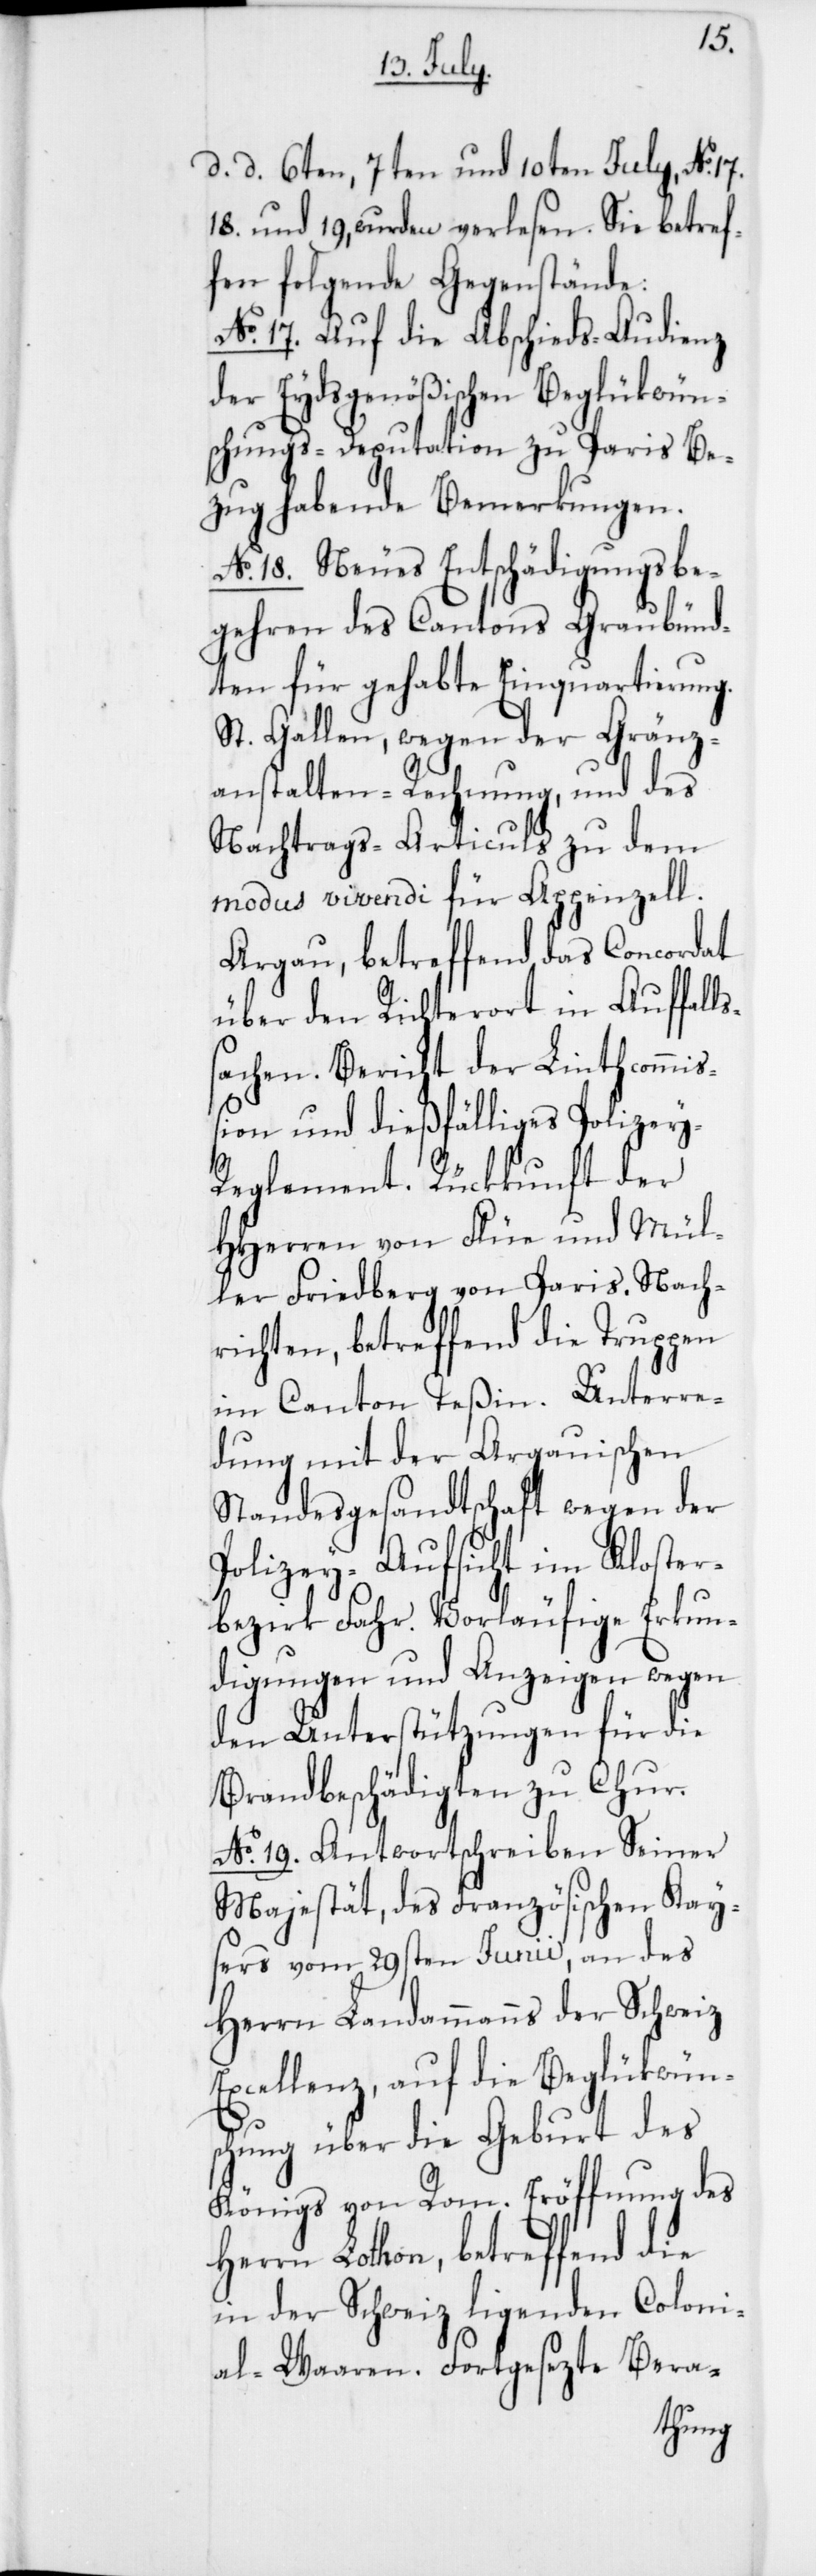
d. d. 6ten, 7ten und 10ten July, No.
18 und 19, wurden verlesen. Sie betref¬
fen folgende Gegenstände:
No. 17. Auf die Abschieds-Audienz
der Eydsgenößischen Beglükwün¬
schungs-Deputation zu Paris Be¬
zug habende Bemerkungen.
No. 18. Neues Entschädigungsbe¬
gehren des Cantons Graubünd¬
ten für gehabte Einquartierung.
St. Gallen, wegen der Gränz¬
anstalten-Rechnung und des
Nachtrags-Articuls zu dem
modus vivendi für Appenzell.
Aargau, betreffend das Concordat
über den Richter-Ort in Auffall¬
sachen. Bericht der Linthcommiß¬
ion und dießfälliges Polize¬
y-Reglement. Rückkunft der
HHerren von Flüe und Mül¬
ler Friedberg von Paris. Nach¬
richten, betreffend die Truppen
im Canton Teßin. Unterre¬
hen
dung mit der Argauisc¬
Standesgesandtschaft wegen der
Polizey-Aufsicht im Kloster¬
bezirk Fahr. Vorläufige Erkun¬
digungen und Anzeigen wegen
den Unterstützungen für die
Brandbeschädigten zu Chur.
No. 19. Antwortschreiben Seiner
Majestät, des Französischen Kay¬
sers vom 29sten Junii, an des
Herrn Landammanns der Schweiz
Excellenz, auf die Beglükwüns¬
chung über die Geburt des
Königs von Rom. Eröffnung des
Herrn Lothon, betreffend die
in der Schweiz ligenden Coloni¬
n. Fortgesezte Bera-
al-Waare¬